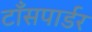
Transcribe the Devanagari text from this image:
टाँसपार्डर